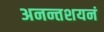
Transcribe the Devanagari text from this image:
अनन्तशयनं